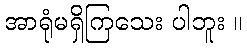
အာရုံမရှိကြသေး ပါဘူး ။